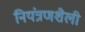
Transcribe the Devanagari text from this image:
नियंत्रणशैली